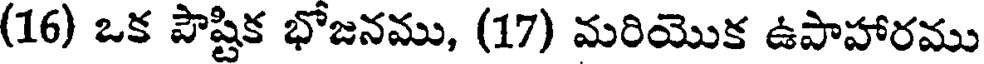
(16) ఒక పౌష్టిక భోజనము, (17) మరియొక ఉపాహారము